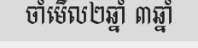
ចាំមើល២ឆ្នាំ ៣ឆ្នាំ